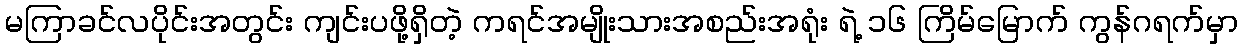
မကြာခင်လပိုင်းအတွင်း ကျင်းပဖို့ရှိတဲ့ ကရင်အမျိုးသားအစည်းအရုံး ရဲ့ ၁၆ ကြိမ်မြောက် ကွန်ဂရက်မှာ